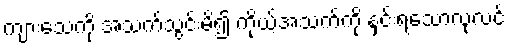
ကျားသေကို အသက်သွင်းမိ၍ ကိုယ့်အသက်ကို နှင်းရသောလုလင်